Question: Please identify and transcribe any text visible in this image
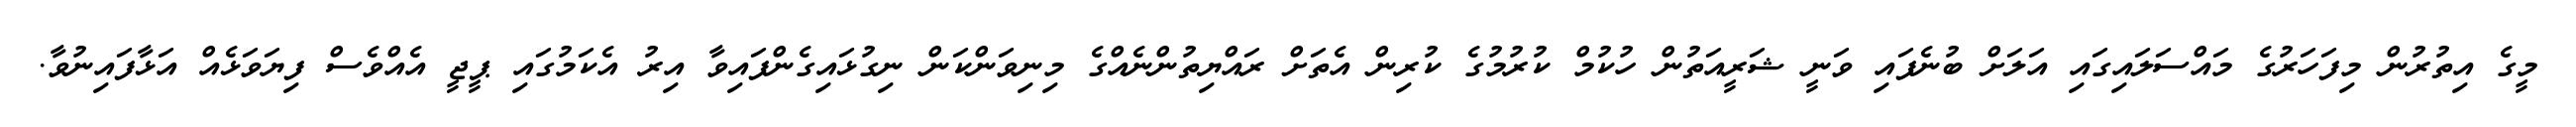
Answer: މީގެ އިތުރުން މިފަހަރުގެ މައްސަލައިގައި އަލަށް ބުނެފައި ވަނީ ޝަރީއަތުން ހުކުމް ކުރުމުގެ ކުރިން އެތަށް ރައްޔިތުންނެއްގެ މިނިވަންކަން ނިގުޅައިގެންފައިވާ އިރު އެކަމުގައި ޕީޖީ އެއްވެސް ފިޔަވަޅެއް އަޅާފައިނުވާ.